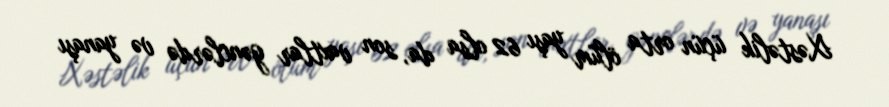
Xəstəlik üçün orta ölüm yaşı 62 olsa da, son vaxtlar gənclərdə və yanaşı